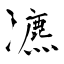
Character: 瀌